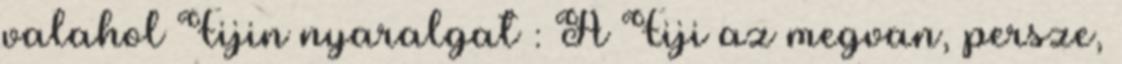
valahol Fijin nyaralgat : A Fiji az megvan, persze,